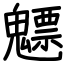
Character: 魒